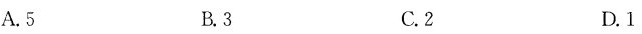
A.5 B.3 C.2 D.1